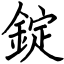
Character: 錠